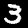
Digit: 3